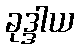
ခုဒ္ဒါယ